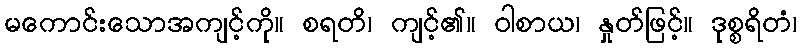
မကောင်းသောအကျင့်ကို။ စရတိ၊ ကျင့်၏။ ဝါစာယ၊ နှုတ်ဖြင့်။ ဒုစ္စရိတံ၊